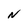
Character: N